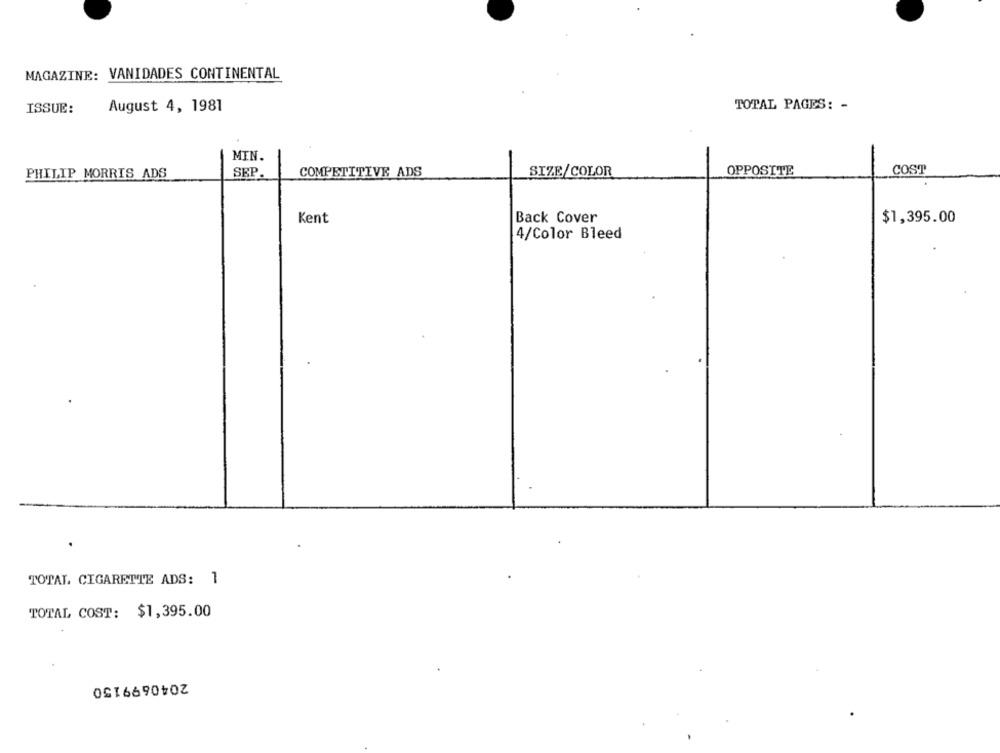
MAGAZINE: VANIDADES CONTINENTAL
TOTAL PAGES: -
ISSUE:
August 4, 1981
MIN.
SEP
COMPETITIVE ADS
SIZE/COLOR
OPPOSITE
COST
PHILIP MORRIS ADS
Kent
Back Cover
$1,395.00
4/Color Bleed
TOTAL CIGARETTE ADS: 1
TOTAL COST: $1,395.00
2040699150